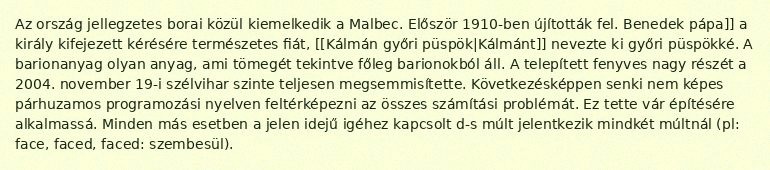
Az ország jellegzetes borai közül kiemelkedik a Malbec. Először 1910-ben újították fel. Benedek pápa]] a király kifejezett kérésére természetes fiát, [[Kálmán győri püspök|Kálmánt]] nevezte ki győri püspökké. A barionanyag olyan anyag, ami tömegét tekintve főleg barionokból áll. A telepített fenyves nagy részét a 2004. november 19-i szélvihar szinte teljesen megsemmisítette. Következésképpen senki nem képes párhuzamos programozási nyelven feltérképezni az összes számítási problémát. Ez tette vár építésére alkalmassá. Minden más esetben a jelen idejű igéhez kapcsolt d-s múlt jelentkezik mindkét múltnál (pl: face, faced, faced: szembesül).